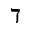
\daleth